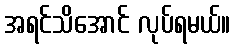
အရင်သိအောင် လုပ်ရမယ်။